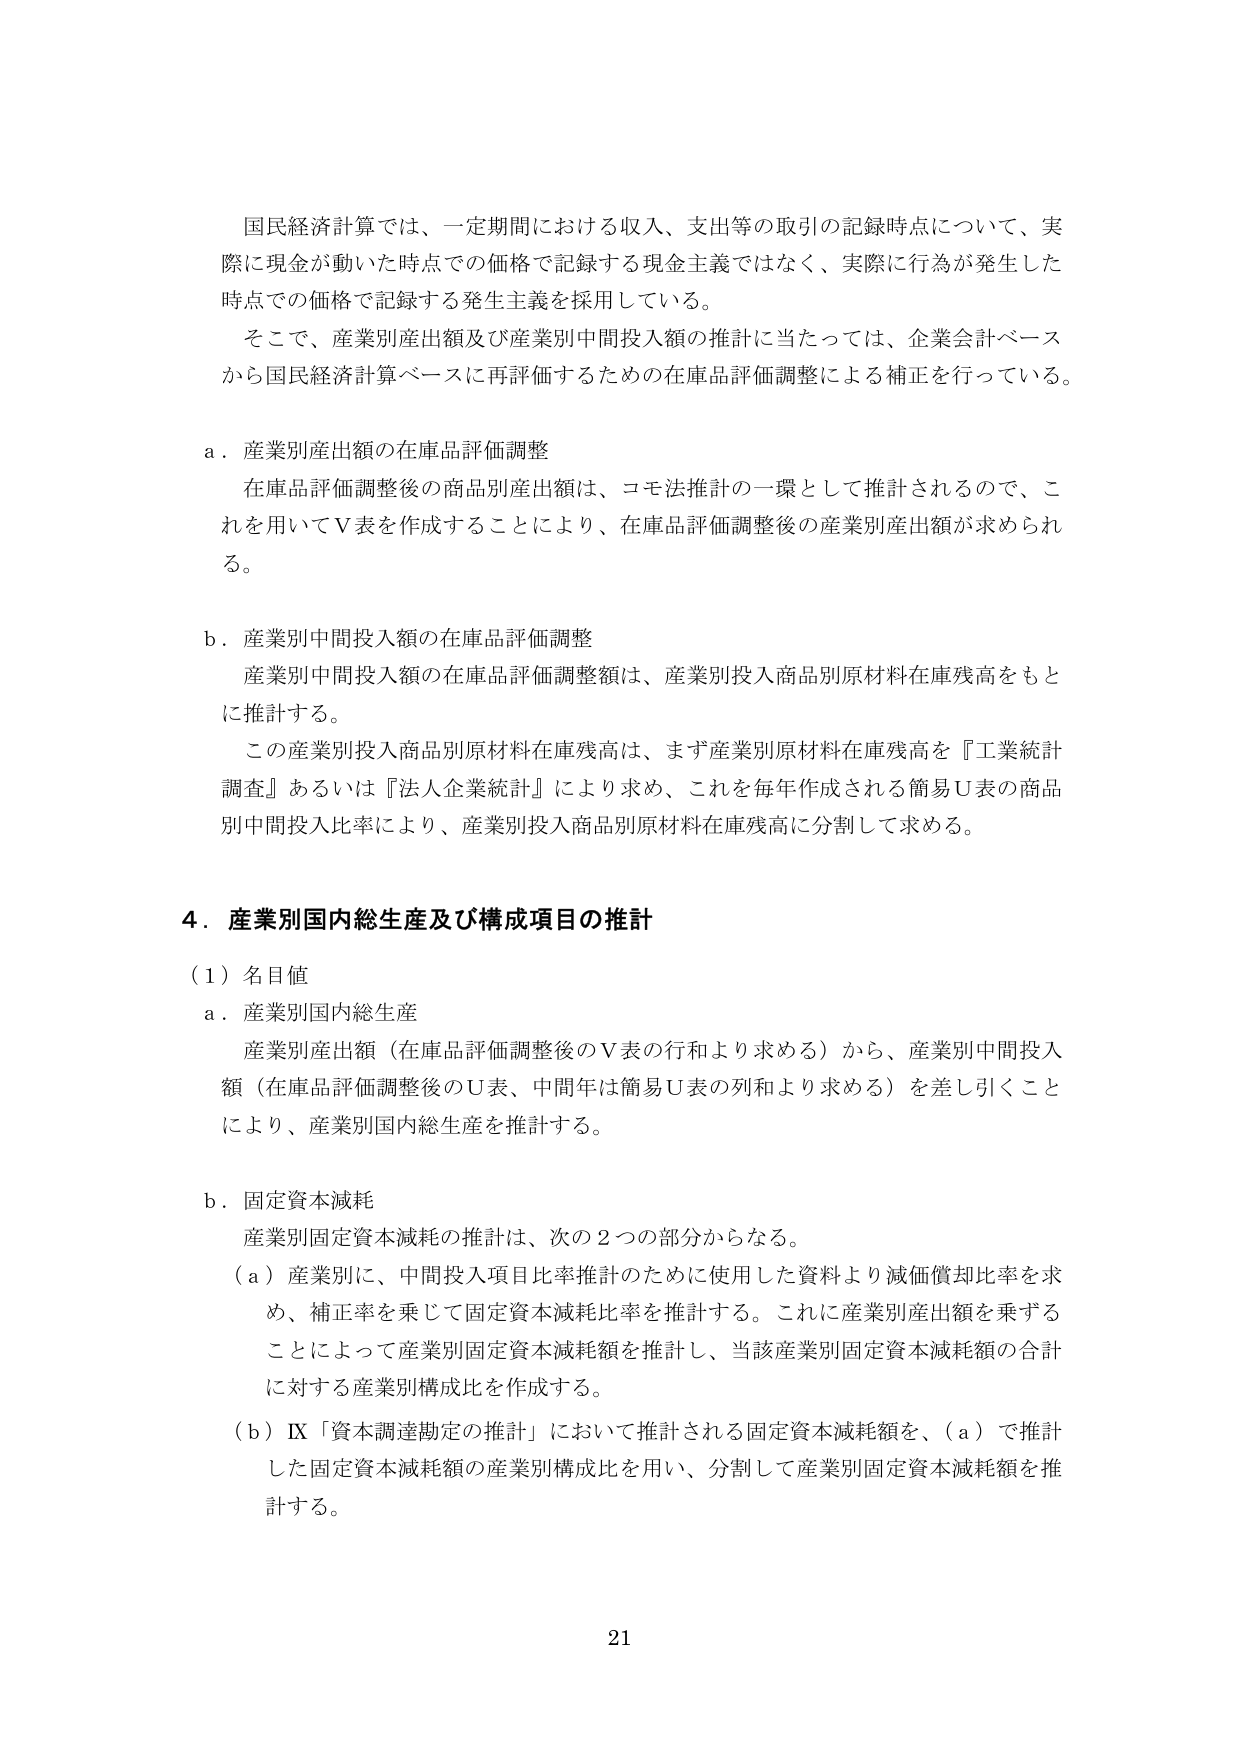
国民経済計算では、一定期間における収入、支出等の取引の記録時点について、実際に現金が動いた時点での価格で記録する現金主義ではなく、実際に行為が発生した時点での価格で記録する発生主義を採用している。

そこで、産業別産出額及び産業別中間投入額の推計に当たっては、企業会計ベースから国民経済計算ベースに再評価するための在庫品評価調整による補正を行っている。

a．産業別産出額の在庫品評価調整
在庫品評価調整後の商品別産出額は、コモ法推計の一環として推計されるので、これを用いてＶ表を作成することにより、在庫品評価調整後の産業別産出額が求められる。

b．産業別中間投入額の在庫品評価調整
産業別中間投入額の在庫品評価調整額は、産業別投入商品別原材料在庫残高をもとに推計する。
この産業別投入商品別原材料在庫残高は、まず産業別原材料在庫残高を『工業統計調査』あるいは『法人企業統計』により求め、これを毎年作成される簡易Ｕ表の商品別中間投入比率により、産業別投入商品別原材料在庫残高に分割して求める。

4．産業別国内総生産及び構成項目の推計

（1）名目値
a．産業別国内総生産
産業別産出額（在庫品評価調整後のＶ表の行和より求める）から、産業別中間投入額（在庫品評価調整後のＵ表、中間年は簡易Ｕ表の列和より求める）を差し引くことにより、産業別国内総生産を推計する。

b．固定資本減耗
産業別固定資本減耗の推計は、次の2つの部分からなる。
（a）産業別に、中間投入項目比率推計のために使用した資料より減価償却比率を求め、補正率を乗じて固定資本減耗比率を推計する。これに産業別産出額を乗ずることによって産業別固定資本減耗額を推計し、当該産業別固定資本減耗額の合計に対する産業別構成比を作成する。
（b）IX「資本調達勘定の推計」において推計される固定資本減耗額を、（a）で推計した固定資本減耗額の産業別構成比を用い、分割して産業別固定資本減耗額を推計する。

21